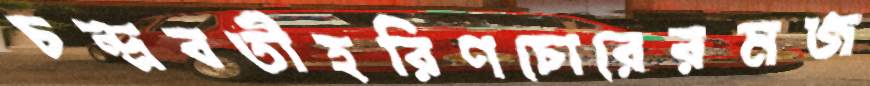
চন্দ্রবতীহরিণচোরেরমজ